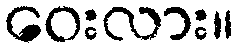
ဝေးလား။